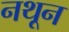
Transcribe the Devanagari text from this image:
नथून